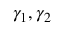
\gamma _ { 1 } , \gamma _ { 2 }